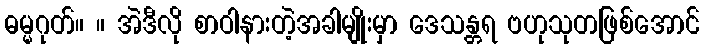
ဓမ္မဂုတ်။ ။ အဲဒီလို စာဝါနားတဲ့အခါမျိုးမှာ ဒေသန္တရ ဗဟုသုတဖြစ်အောင်